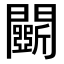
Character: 𨷖